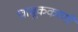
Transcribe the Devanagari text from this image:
चाबूककाणी